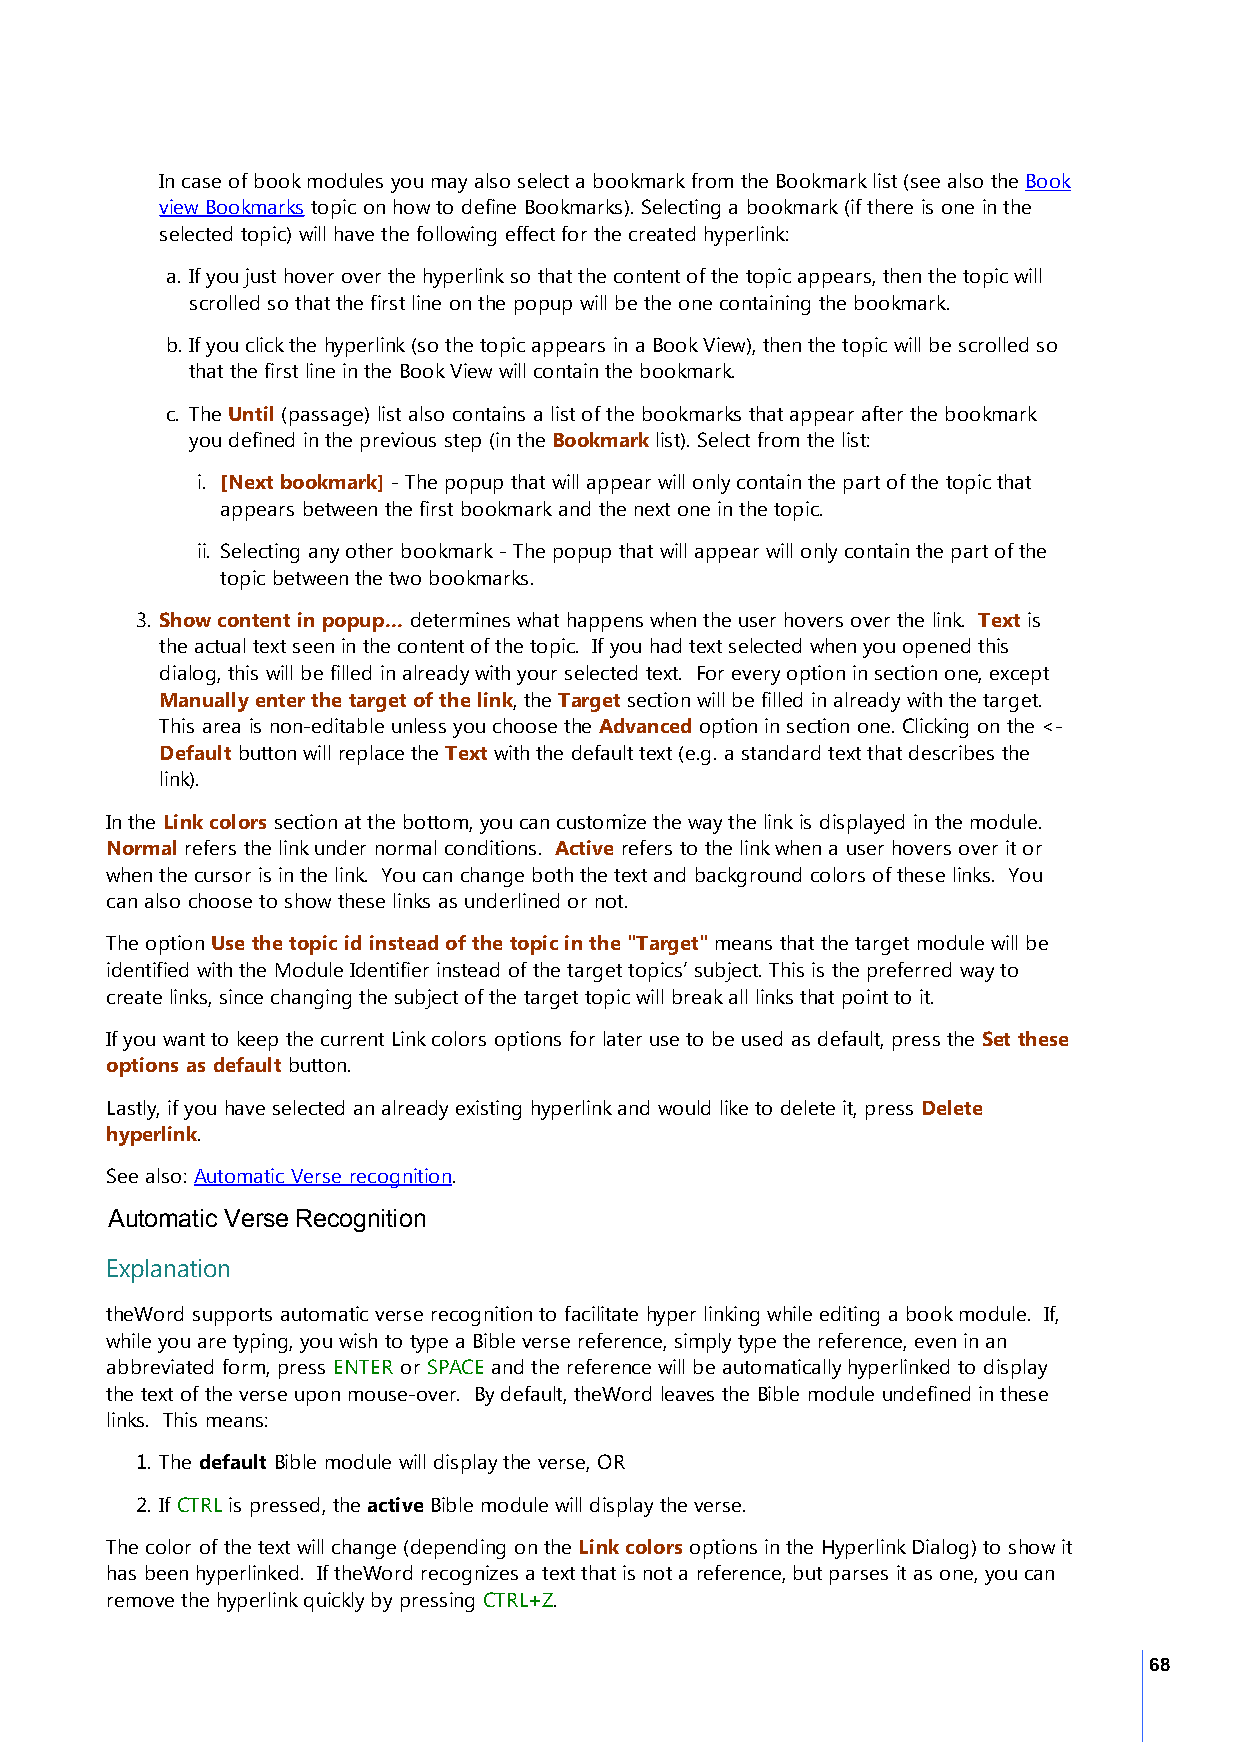
In case of book modules you may also select a bookmark from the Bookmark list (see also the Book
 view Bookmarks topic on how to define Bookmarks). Selecting a bookmark (if there is one in the
 selected topic) will have the following effect for the created hyperlink:
 a. If you just hover over the hyperlink so that the content of the topic appears, then the topic will
 scrolled so that the first line on the popup will be the one containing the bookmark.
 b. If you click the hyperlink (so the topic appears in a Book View), then the topic will be scrolled so
 that the first line in the Book View will contain the bookmark.
 c. The Until (passage) list also contains a list of the bookmarks that appear after the bookmark
 you defined in the previous step (in the Bookmark list). Select from the list:
 i. [Next bookmark] - The popup that will appear will only contain the part of the topic that
 appears between the first bookmark and the next one in the topic.
 ii. Selecting any other bookmark - The popup that will appear will only contain the part of the
 topic between the two bookmarks.
 3. Show content in popup... determines what happens when the user hovers over the link. Text is
 the actual text seen in the content of the topic. If you had text selected when you opened this
 dialog, this will be filled in already with your selected text. For every option in section one, except
 Manually enter the target of the link, the Target section will be filled in already with the target.
 This area is non-editable unless you choose the Advanced option in section one. Clicking on the <-
 Default button will replace the Text with the default text (e.g. a standard text that describes the
 link).
 In the Link colors section at the bottom, you can customize the way the link is displayed in the module.
 Normal refers the link under normal conditions. Active refers to the link when a user hovers over it or
 when the cursor is in the link. You can change both the text and background colors of these links. You
 can also choose to show these links as underlined or not.
 The option Use the topic id instead of the topic in the "Target" means that the target module will be
 identified with the Module Identifier instead of the target topics’ subject. This is the preferred way to
 create links, since changing the subject of the target topic will break all links that point to it.
 If you want to keep the current Link colors options for later use to be used as default, press the Set these
 options as default button.
 Lastly, if you have selected an already existing hyperlink and would like to delete it, press Delete
 hyperlink.
 See also: Automatic Verse recognition.
 Automatic Verse Recognition
 Explanation
 theWord supports automatic verse recognition to facilitate hyper linking while editing a book module. If,
 while you are typing, you wish to type a Bible verse reference, simply type the reference, even in an
 abbreviated form, press ENTER or SPACE and the reference will be automatically hyperlinked to display
 the text of the verse upon mouse-over. By default, theWord leaves the Bible module undefined in these
 links. This means:
 1. The default Bible module will display the verse, OR
 2. If CTRL is pressed, the active Bible module will display the verse.
 The color of the text will change (depending on the Link colors options in the Hyperlink Dialog) to show it
 has been hyperlinked. If theWord recognizes a text that is not a reference, but parses it as one, you can
 remove the hyperlink quickly by pressing CTRL+Z.
 68